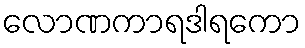
လောဏကာရဒါရကော